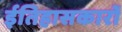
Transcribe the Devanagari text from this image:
ईतिहासकारों